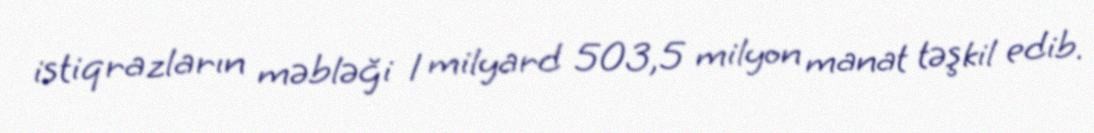
istiqrazların məbləği 1 milyard 503,5 milyon manat təşkil edib.